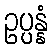
ဥပ္ပန္နံ